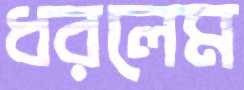
ধরলেম